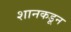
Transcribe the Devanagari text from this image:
शानकडून